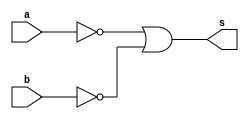
// --------------------------
// Exemplo0009 - NAND
// Nome: Isabel Bicalho Amaro
// --------------------------
 

// --------------------------
// -- nand gate
// --------------------------
  module nandgate(output s, input a,b);
    assign s=~a|~b;
  endmodule // nandgate
   

// --------------------------
// -- test nand gate
// --------------------------
  module testnandgate;


// -------------------------- dados locais
  reg  a,b; // definir registrador
  wire s;   // definir conexao(fio)


// -------------------------- instancia
  nandgate NAND1(s,a,b);


// -------------------------- preparacao
  initial begin:start
        a=0;
		  b=0;
  end
  
  
// -------------------------- parte principal
  initial begin:main
        $display("Exemplo0009 - Isabel Bicalho Amaro - 451580");
        $display("Test nand gate");
        $display("\na  ~a|~b  b  =  s\n");
		  $monitor("%b  ~a|~b  %b  =  %b",a,b,s);
  #1 a=0; b=0;              
  #1 a=0; b=1;
  #1 a=1; b=0;
  #1 a=1; b=1;
  end
  
endmodule // testnandgate

 // -------------------
 // -- Testes
 // -------------------
 
// --    Exemplo0009 - Isabel Bicalho Amaro - 451580
// --    Test nand gate
// --    
// --    a  ~a|~b  b  =  s
// --    
// --    0  ~a|~b  0  =  1
// --    0  ~a|~b  1  =  1
// --    1  ~a|~b  0  =  1
// --    1  ~a|~b  1  =  0